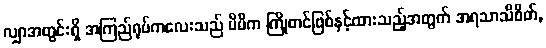
လျှာအတွင်းရှိ အကြည်ရုပ်ကလေးသည် မိမိက ကြိုတင်ဖြစ်နှင့်ထားသည့်အတွက် အရသာသိစိတ်,